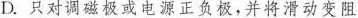
D.只对调磁极或电源正负极，并将滑动变阻